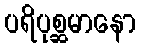
ပရိပုစ္ဆမာနော